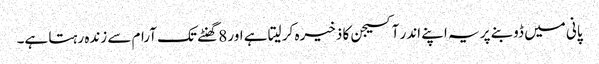
پانی میں ڈوبنے پر یہ اپنے اندر آکسیجن کا ذخیرہ کر لیتا ہے اور 8 گھنٹے تک آرام سے زندہ رہتا ہے۔